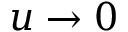
u \to 0